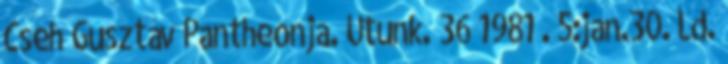
Cseh Gusztáv Pantheonja. Utunk. 36 1981 . 5:jan.30. Ld.